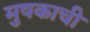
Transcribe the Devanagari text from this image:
मुषकाची